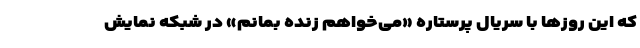
که این روزها با سریال پرستاره «می‌خواهم زنده بمانم» در شبکه نمایش